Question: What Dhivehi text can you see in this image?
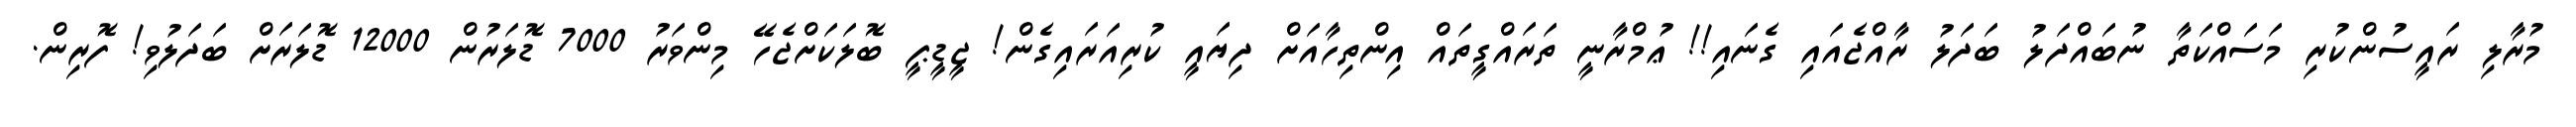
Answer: މުރާލި ރައީސުންކުރި މަސައްކަތާ ނުބައްދަލު ބަދަލު ރާއްޖެއައި ގެނައި!! ޢުމްރާނީ ތަރައްގީތައް އިންތިހާއަށް ދިޔައީ ކުރިއަރައިގެން! ޖީޑީޕީ ބޮލަކަށްޖެހޭ މިންވަރު 7000 ޑޮލަރުން 12000 ޑޮލަރަށް ބަދަލުވި! ފޮރިން.